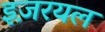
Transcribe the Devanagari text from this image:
इज़रयल